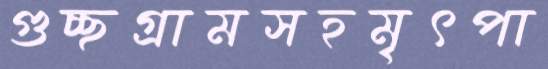
গুচ্ছগ্রামসহমৃৎপা